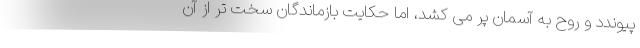
پیوندد و روح به آسمان پر می کشد، اما حکایت بازماندگان سخت تر از آن